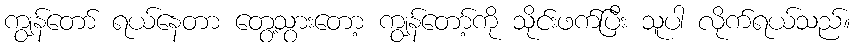
ကျွန်တော် ရယ်နေတာ တွေ့သွားတော့ ကျွန်တော့်ကို သိုင်းဖက်ပြီး သူပါ လိုက်ရယ်သည်။